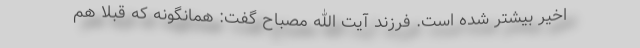
اخیر بیشتر شده است. فرزند آیت الله مصباح گفت: همانگونه که قبلا هم